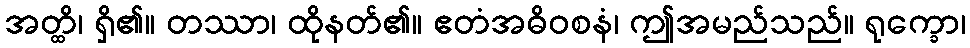
အတ္ထိ၊ ရှိ၏။ တဿာ၊ ထိုနတ်၏။ ဧတံအဓိဝစနံ၊ ဤအမည်သည်။ ရုက္ခော၊